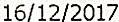
16/12/2017